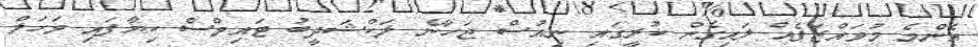
އެންމެ މުވައްޒަފެއް ލައިގެން ކުރީގައި ނިއުސް ޖަހާނެ ލަކްޝަދީބު ޓައިމްސް ކިޔާފައި މަހަލް